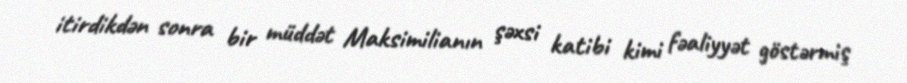
itirdikdən sonra bir müddət Maksimilianın şəxsi katibi kimi fəaliyyət göstərmiş